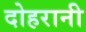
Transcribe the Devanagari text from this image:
दोहरानी